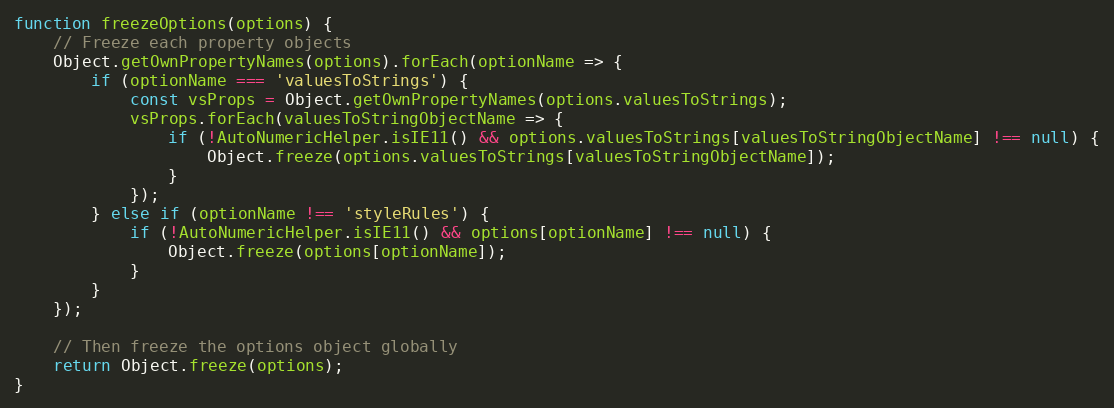
Language: JavaScript
function freezeOptions(options) {
    // Freeze each property objects
    Object.getOwnPropertyNames(options).forEach(optionName => {
        if (optionName === 'valuesToStrings') {
            const vsProps = Object.getOwnPropertyNames(options.valuesToStrings);
            vsProps.forEach(valuesToStringObjectName => {
                if (!AutoNumericHelper.isIE11() && options.valuesToStrings[valuesToStringObjectName] !== null) {
                    Object.freeze(options.valuesToStrings[valuesToStringObjectName]);
                }
            });
        } else if (optionName !== 'styleRules') {
            if (!AutoNumericHelper.isIE11() && options[optionName] !== null) {
                Object.freeze(options[optionName]);
            }
        }
    });

    // Then freeze the options object globally
    return Object.freeze(options);
}